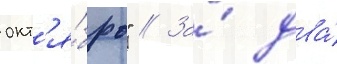
окт'я́брь" // За́ два́